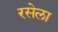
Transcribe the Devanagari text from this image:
रसेला